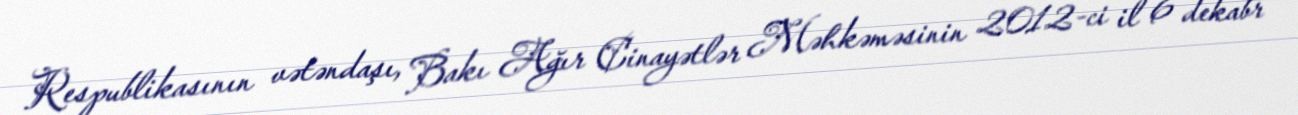
Respublikasının vətəndaşı, Bakı Ağır Cinayətlər Məhkəməsinin 2012-ci il 6 dekabr